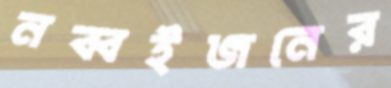
নব্বইজনের